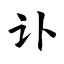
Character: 讣